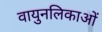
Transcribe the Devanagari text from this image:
वायुनलिकाओं